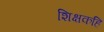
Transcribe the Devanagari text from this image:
शिक्षकहि